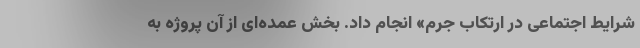
شرایط اجتماعی در ارتکاب جرم» انجام داد. بخش عمده‌ای از آن پروژه به